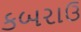
કબરાઉ